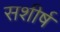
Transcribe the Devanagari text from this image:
सशीर्ष